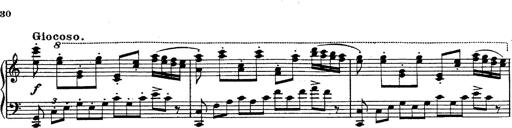
Title: Fantasie Ã¼ber Themen aus Mozarts Figaro und Don Giovanni
Composer: Franz Liszt